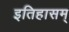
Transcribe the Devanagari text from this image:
इतिहासम्